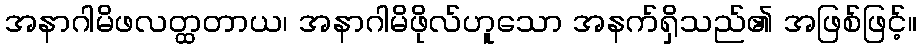
အနာဂါမိဖလတ္ထတာယ၊ အနာဂါမိဖိုလ်ဟူသော အနက်ရှိသည်၏ အဖြစ်ဖြင့်။